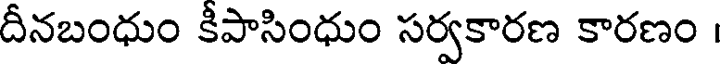
దీనబంధుం కీపాసింధుం సర్వకారణ కారణం